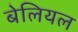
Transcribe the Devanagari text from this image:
बेलियल